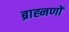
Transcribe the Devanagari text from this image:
ब्राह्नणों